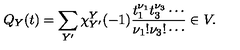
Q _ { Y } ( t ) = \sum _ { Y ^ { \prime } } \chi _ { Y ^ { \prime } } ^ { Y } ( - 1 ) \frac { t _ { 1 } ^ { \nu _ { 1 } } t _ { 3 } ^ { \nu _ { 3 } } \cdots } { \nu _ { 1 } ! \nu _ { 3 } ! \cdots } \in V .